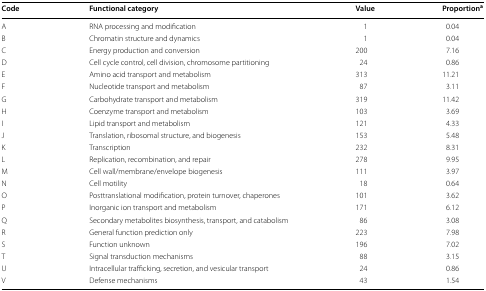
<table><thead><tr><td><b>Code</b></td><td><b>Functional category</b></td><td><b>Value</b></td><td><b>Proportion<sup>a</sup></b></td></tr></thead><tbody><tr><td>A</td><td>RNA processing and modification</td><td>1</td><td>0.04</td></tr><tr><td>B</td><td>Chromatin structure and dynamics</td><td>1</td><td>0.04</td></tr><tr><td>C</td><td>Energy production and conversion</td><td>200</td><td>7.16</td></tr><tr><td>D</td><td>Cell cycle control, cell division, chromosome partitioning</td><td>24</td><td>0.86</td></tr><tr><td>E</td><td>Amino acid transport and metabolism</td><td>313</td><td>11.21</td></tr><tr><td>F</td><td>Nucleotide transport and metabolism</td><td>87</td><td>3.11</td></tr><tr><td>G</td><td>Carbohydrate transport and metabolism</td><td>319</td><td>11.42</td></tr><tr><td>H</td><td>Coenzyme transport and metabolism</td><td>103</td><td>3.69</td></tr><tr><td>I</td><td>Lipid transport and metabolism</td><td>121</td><td>4.33</td></tr><tr><td>J</td><td>Translation, ribosomal structure, and biogenesis</td><td>153</td><td>5.48</td></tr><tr><td>K</td><td>Transcription</td><td>232</td><td>8.31</td></tr><tr><td>L</td><td>Replication, recombination, and repair</td><td>278</td><td>9.95</td></tr><tr><td>M</td><td>Cell wall/membrane/envelope biogenesis</td><td>111</td><td>3.97</td></tr><tr><td>N</td><td>Cell motility</td><td>18</td><td>0.64</td></tr><tr><td>O</td><td>Posttranslational modification, protein turnover, chaperones</td><td>101</td><td>3.62</td></tr><tr><td>P</td><td>Inorganic ion transport and metabolism</td><td>171</td><td>6.12</td></tr><tr><td>Q</td><td>Secondary metabolites biosynthesis, transport, and catabolism</td><td>86</td><td>3.08</td></tr><tr><td>R</td><td>General function prediction only</td><td>223</td><td>7.98</td></tr><tr><td>S</td><td>Function unknown</td><td>196</td><td>7.02</td></tr><tr><td>T</td><td>Signal transduction mechanisms</td><td>88</td><td>3.15</td></tr><tr><td>U</td><td>Intracellular trafficking, secretion, and vesicular transport</td><td>24</td><td>0.86</td></tr><tr><td>V</td><td>Defense mechanisms</td><td>43</td><td>1.54</td></tr></tbody></table>